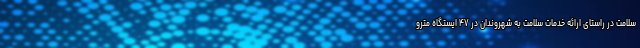
سلامت در راستای ارائه خدمات سلامت به شهروندان در ۴۷ ایستگاه مترو